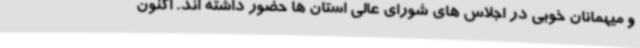
و میهمانان خوبی در اجلاس های شورای عالی استان ها حضور داشته اند. اکنون